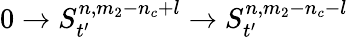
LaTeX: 0\rightarrow S_{t^{\prime}}^{n,m_{2}-n_{c}+l}\rightarrow S_{t^{\prime}}^{n,m_{2}-n_{c}-l}